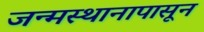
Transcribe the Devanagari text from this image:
जन्मस्थानापासून